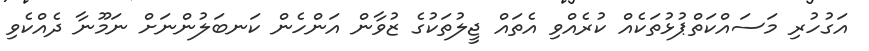
އަގުހުރި މަސައްކަތްޕުޅުތަކެއް ކުރެއްވި އެތައް ޖީލުތަކުގެ ޒުވާން އަންހެން ކަނބަލުންނަށް ނަމޫނާ ދެއްކެވި